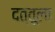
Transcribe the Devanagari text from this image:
दत्तूला